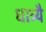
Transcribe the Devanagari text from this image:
धात्र्यै